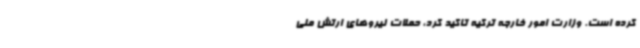
کرده است. وزارت امور خارجه ترکیه تاکید کرد، حملات نیروهای ارتش ملی